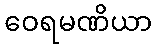
ဝေရမဏိယာ